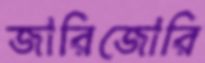
জারিজোরি